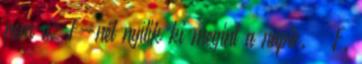
nem az F-nél nyílik ki megint a napló.” F.